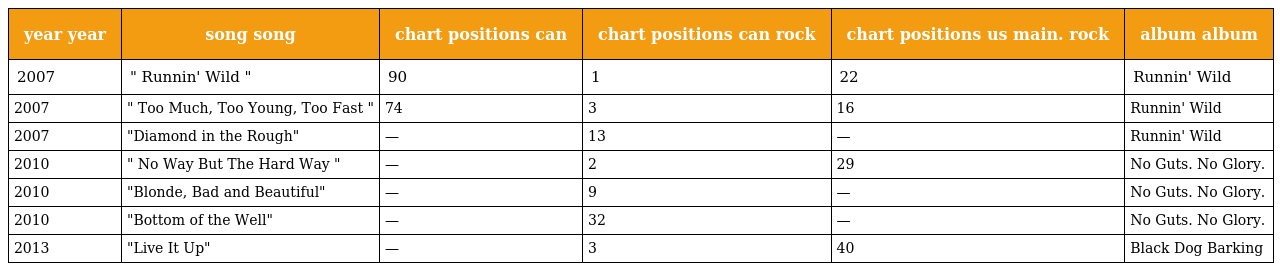
| year year | song song | chart positions can | chart positions can rock | chart positions us main. rock | album album |
 | --- | --- | --- | --- | --- | --- |
 | 2007 | " Runnin' Wild " | 90 | 1 | 22 | Runnin' Wild |
 | 2007 | " Too Much, Too Young, Too Fast " | 74 | 3 | 16 | Runnin' Wild |
 | 2007 | "Diamond in the Rough" | — | 13 | — | Runnin' Wild |
 | 2010 | " No Way But The Hard Way " | — | 2 | 29 | No Guts. No Glory. |
 | 2010 | "Blonde, Bad and Beautiful" | — | 9 | — | No Guts. No Glory. |
 | 2010 | "Bottom of the Well" | — | 32 | — | No Guts. No Glory. |
 | 2013 | "Live It Up" | — | 3 | 40 | Black Dog Barking |